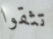
تثقوا